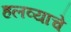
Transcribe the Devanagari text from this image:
हलव्याचे